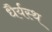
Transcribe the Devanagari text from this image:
धैर्यस्थ